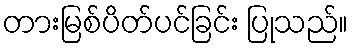
တားမြစ်ပိတ်ပင်ခြင်း ပြုသည်။